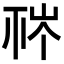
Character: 𥙏